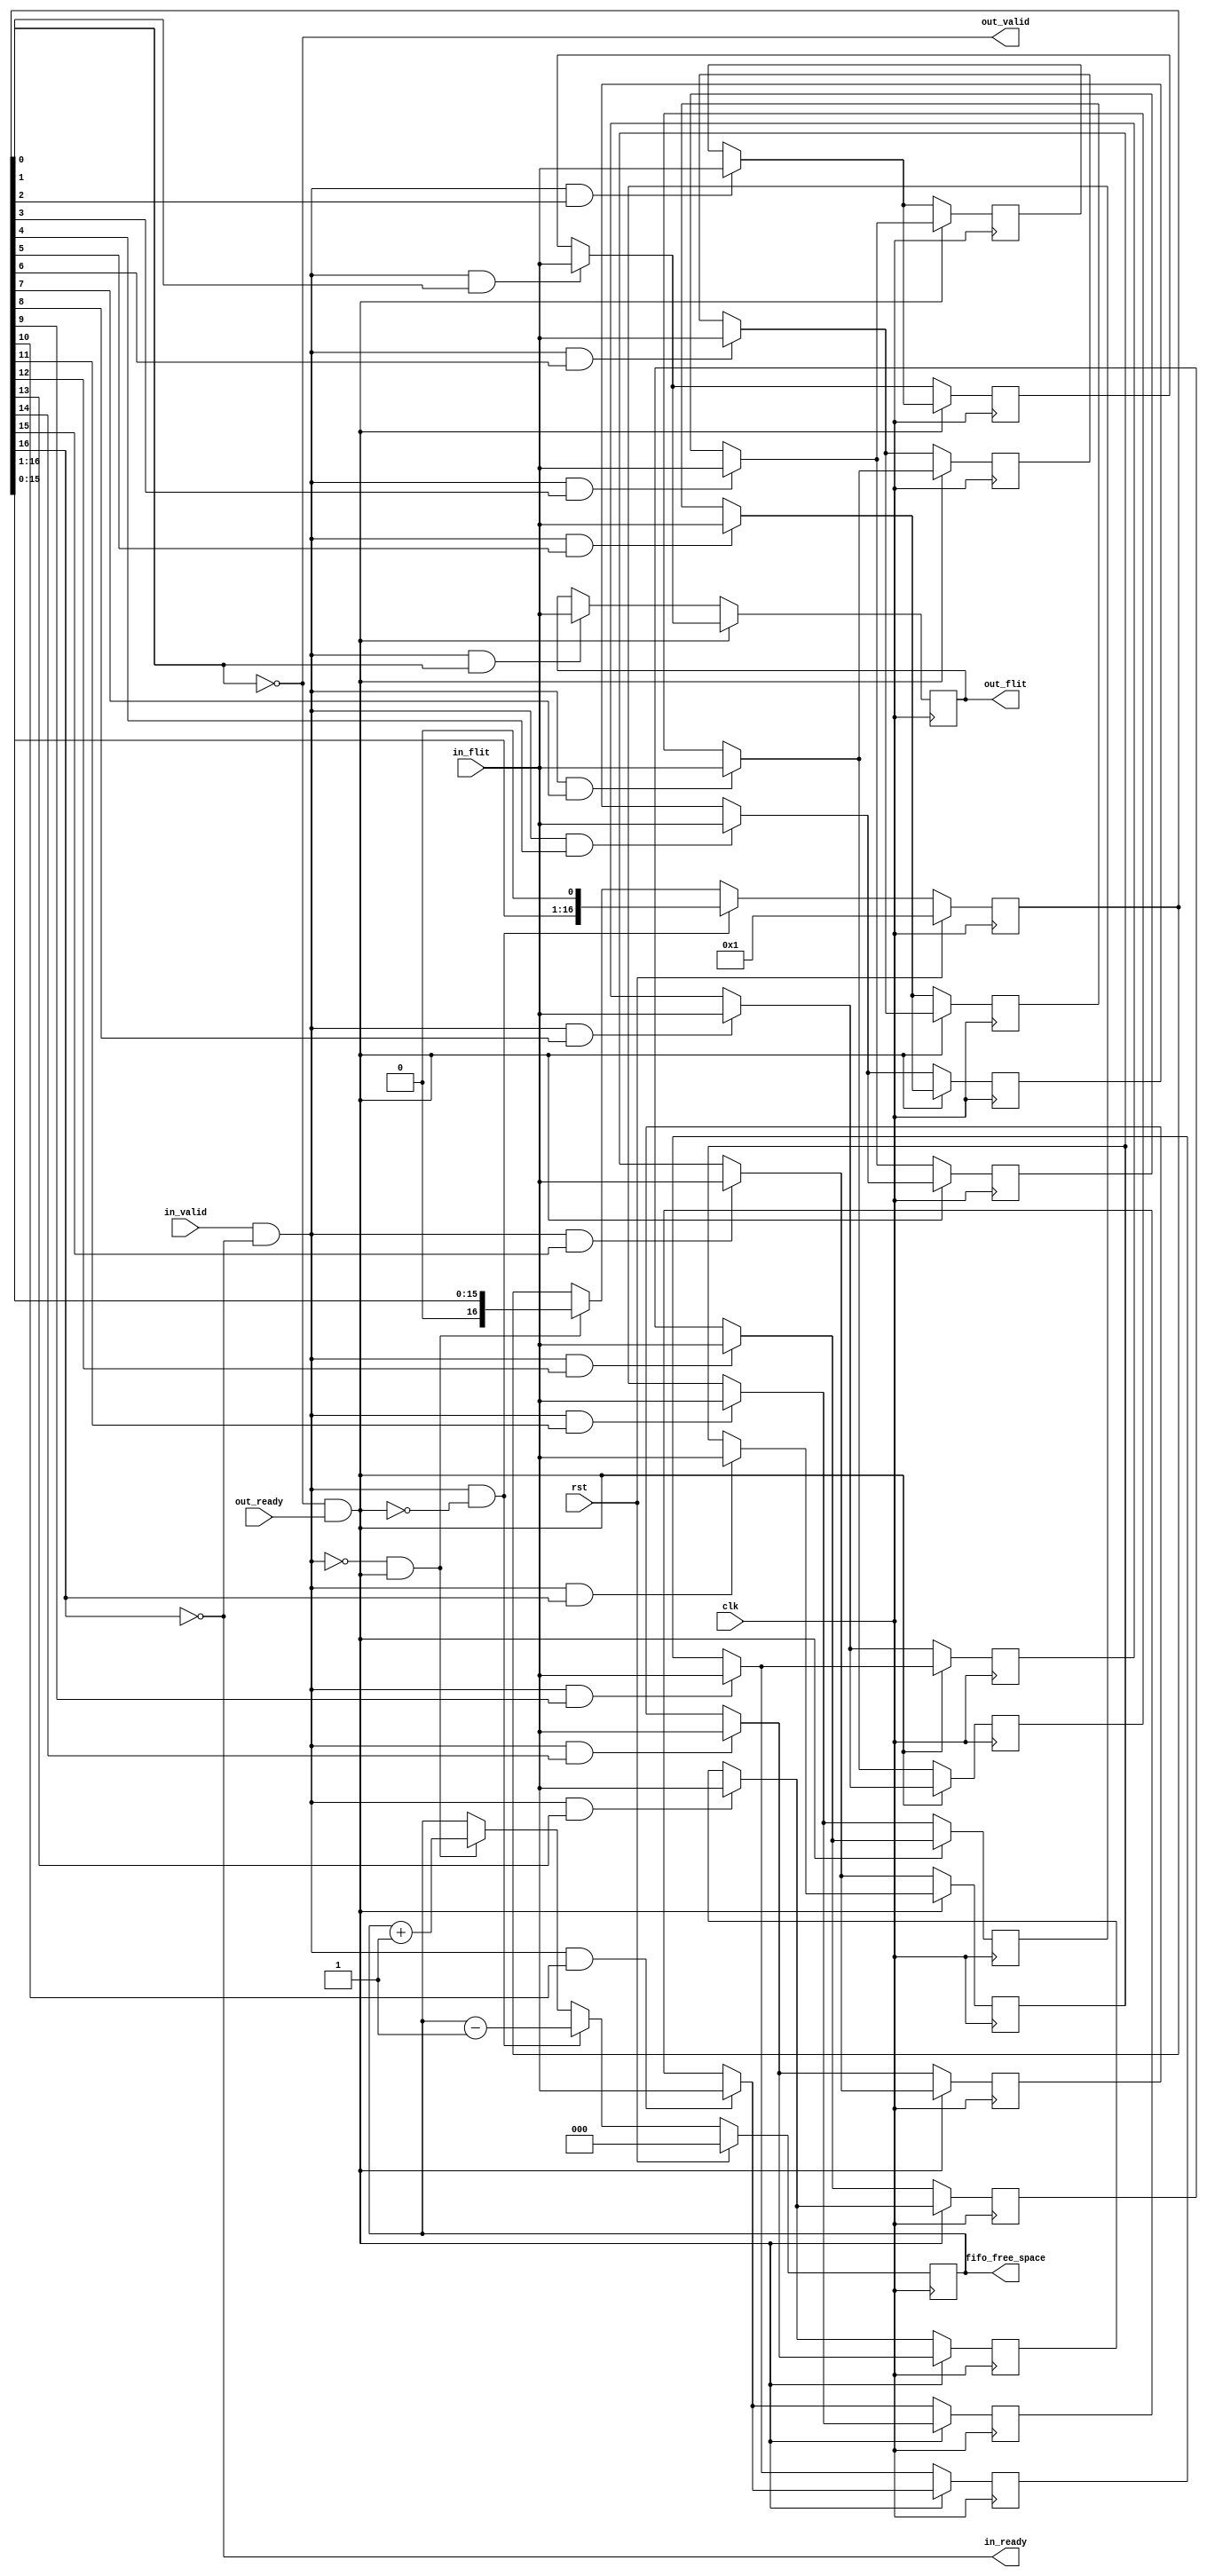
/* Copyright (c) 2014-2015 by the author(s)
 *
 * Permission is hereby granted, free of charge, to any person obtaining a copy
 * of this software and associated documentation files (the "Software"), to deal
 * in the Software without restriction, including without limitation the rights
 * to use, copy, modify, merge, publish, distribute, sublicense, and/or sell
 * copies of the Software, and to permit persons to whom the Software is
 * furnished to do so, subject to the following conditions:
 *
 * The above copyright notice and this permission notice shall be included in
 * all copies or substantial portions of the Software.
 *
 * THE SOFTWARE IS PROVIDED "AS IS", WITHOUT WARRANTY OF ANY KIND, EXPRESS OR
 * IMPLIED, INCLUDING BUT NOT LIMITED TO THE WARRANTIES OF MERCHANTABILITY,
 * FITNESS FOR A PARTICULAR PURPOSE AND NONINFRINGEMENT. IN NO EVENT SHALL THE
 * AUTHORS OR COPYRIGHT HOLDERS BE LIABLE FOR ANY CLAIM, DAMAGES OR OTHER
 * LIABILITY, WHETHER IN AN ACTION OF CONTRACT, TORT OR OTHERWISE, ARISING FROM,
 * OUT OF OR IN CONNECTION WITH THE SOFTWARE OR THE USE OR OTHER DEALINGS IN
 * THE SOFTWARE.
 *
 * =============================================================================
 *
 * GLIP JTAG: FIFO
 *
 * This FIFO implementation was originally part of LISNoC.
 *
 * Author(s):
 *   Stefan Wallentowitz <stefan.wallentowitz@tum.de>
 */

module glip_jtag_fifo(/*AUTOARG*/
   // Outputs
   in_ready, out_flit, out_valid,
   fifo_free_space,
   // Inputs
   clk, rst, in_flit, in_valid, out_ready
   );

   parameter FLIT_DATA_WIDTH = 32;
   parameter FLIT_TYPE_WIDTH = 2;
   parameter PACKET_LENGTH   = 0;

   localparam FLIT_WIDTH = FLIT_DATA_WIDTH+FLIT_TYPE_WIDTH;

   parameter LENGTH = 16;
   parameter FIFO_FREE_SPACE_WIDTH = 3;

   input  clk;
   input  rst;

   // FIFO input side
   input  [FLIT_WIDTH-1:0] in_flit;  // input
   input  in_valid;                   // write_enable
   output in_ready;                   // accepting new data

   //FIFO output side
   output [FLIT_WIDTH-1:0] out_flit;  // data_out
   output out_valid;                   // data available
   input  out_ready;                   // read request

   output reg [FIFO_FREE_SPACE_WIDTH-1:0] fifo_free_space;

   // Signals for fifo
   reg [FLIT_WIDTH-1:0] fifo_data [0:LENGTH-1]; //actual fifo

   reg [LENGTH:0]         fifo_write_ptr;

   wire                   pop;
   wire                   push;

   assign pop = out_valid & out_ready;
   assign push = in_valid & in_ready;

   assign out_flit = fifo_data[0];
   assign out_valid = !fifo_write_ptr[0];

   assign in_ready = !fifo_write_ptr[LENGTH];

   always @(posedge clk) begin
      if (rst) begin
         fifo_write_ptr <= {{LENGTH{1'b0}},1'b1};
         fifo_free_space <= LENGTH;
      end else if (push & !pop) begin
         fifo_write_ptr <= fifo_write_ptr << 1;
         fifo_free_space <=  fifo_free_space - 1;
      end else if (!push & pop) begin
         fifo_write_ptr <= fifo_write_ptr >> 1;
         fifo_free_space <=  fifo_free_space + 1;
      end
   end

   integer i;

   always @(posedge clk) begin : shift_register_seq
      for (i=0;i<LENGTH;i=i+1) begin
         if (pop) begin
            if (push & fifo_write_ptr[i+1]) begin
               fifo_data[i] <= in_flit;
            end else if (i<LENGTH-1) begin
               fifo_data[i] <= fifo_data[i+1];
            end else begin
               fifo_data[i] <= fifo_data[i];
            end
         end else if (push & fifo_write_ptr[i]) begin
            fifo_data[i] <= in_flit;
         end else begin
            fifo_data[i] <= fifo_data[i];
         end
      end
   end

endmodule